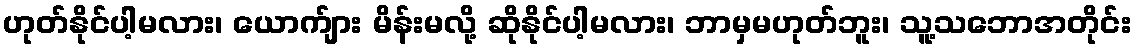
ဟုတ်နိုင်ပါ့မလား၊ ယောက်ျား မိန်းမလို့ ဆိုနိုင်ပါ့မလား၊ ဘာမှမဟုတ်ဘူး၊ သူ့သဘောအတိုင်း